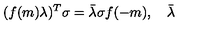
( f ( m ) \lambda ) ^ { T } \sigma = \bar { \lambda } \sigma f ( - m ) , \quad \bar { \lambda }